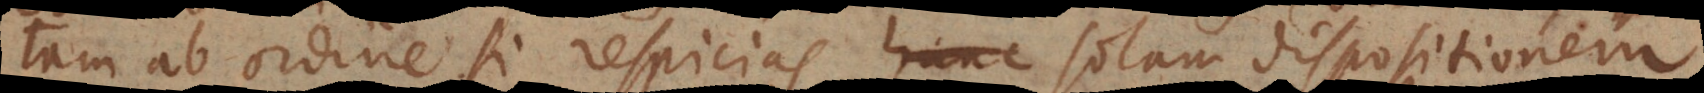
tam ab ordine si respicias hanc solam dispositionem